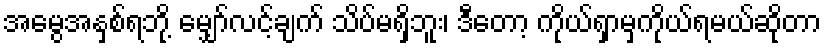
အမွေအနှစ်ရဘို့ မျှော်လင့်ချက် သိပ်မရှိဘူး၊ ဒီတော့ ကိုယ်ရှာမှကိုယ်ရမယ်ဆိုတာ